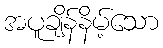
အပူချိန်နိမ့်သော